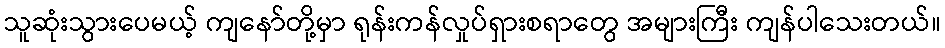
သူဆုံးသွားပေမယ့် ကျနော်တို့မှာ ရုန်းကန်လှုပ်ရှားစရာတွေ အများကြီး ကျန်ပါသေးတယ်။